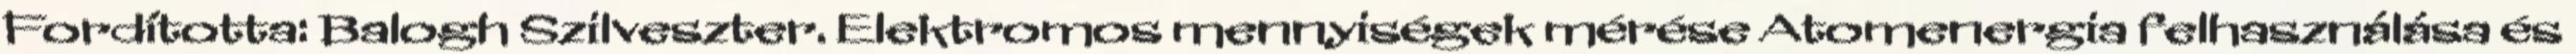
Fordította: Balogh Szilveszter. Elektromos mennyiségek mérése Atomenergia felhasználása és